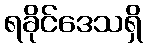
ရခိုင်ဒေသရှိ